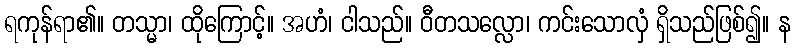
ရကုန်ရာ၏။ တသ္မာ၊ ထိုကြောင့်။ အဟံ၊ ငါသည်။ ဝီတသလ္လော၊ ကင်းသောလှံ ရှိသည်ဖြစ်၍။ န